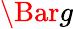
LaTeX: \Bar{g}